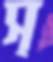
স্